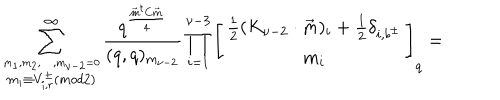
\sum _ { \stackrel { m _ { 1 } , m _ { 2 } , \ldots , m _ { \nu - 2 } = 0 } { m _ { i } \equiv V _ { i , r } ^ { \pm } ( m o d 2 ) } } ^ { \infty } \frac { q ^ { \frac { \vec { m } ^ { t } C \vec { m } } { 4 } } } { ( q , q ) _ { m _ { \nu - 2 } } } \prod _ { i = 1 } ^ { \nu - 3 } \left[ \begin{array} { c } { { \frac { 1 } { 2 } ( K _ { \nu - 2 } \cdot \vec { m } ) _ { i } + \frac { 1 } { 2 } \delta _ { i , b ^ { \pm } } } } \\ { { m _ { i } } } \\ \end{array} \right] _ { q } =